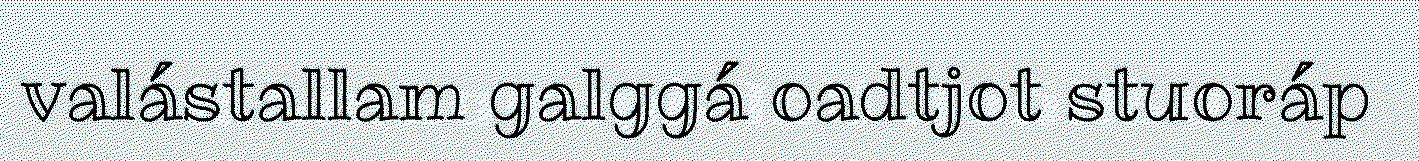
valástallam galggá oadtjot stuoráp